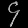
Digit: ၄